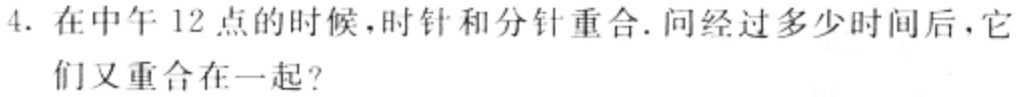
4. 在中午12点的时候，时针和分针重合. 问经过多少时间后，它们又重合在一起？